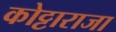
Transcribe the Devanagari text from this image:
कोट्टाराजा